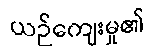
ယဉ်ကျေးမှု၏